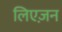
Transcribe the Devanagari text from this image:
लिएज़न